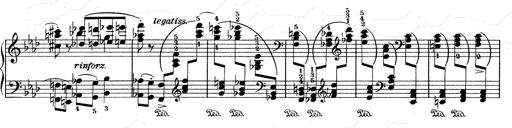
Title: Weinen, Klagen, Sorgen, Zagen
Composer: Franz Liszt